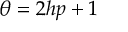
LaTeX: \theta = 2 h p + 1